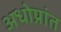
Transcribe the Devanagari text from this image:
अधोप्रांत